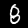
Digit: 8